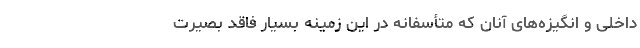
داخلی و انگیزه‌های آنان که متأسفانه در این زمینه بسیار فاقد بصیرت